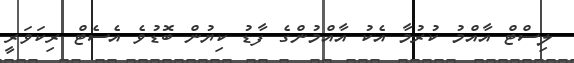
ލިސްޓް އާއްމު ކުރުމާ އެކު އާއްމުންގެ ފާޑު ކިޔުން ބޮޑުވެ އެސެޓް ރިކަވަރީ